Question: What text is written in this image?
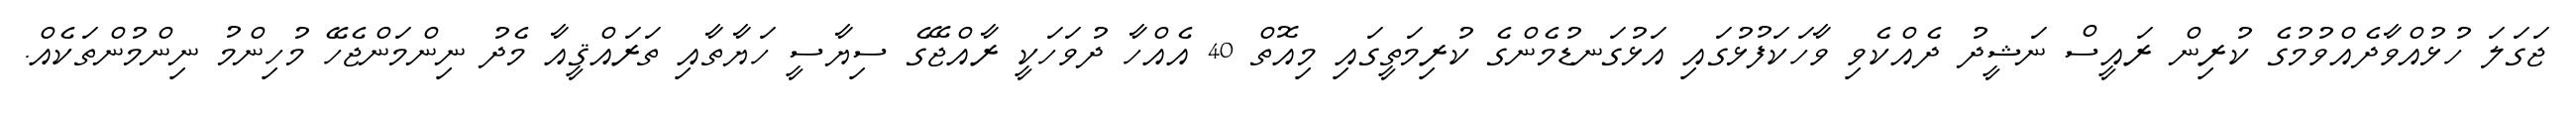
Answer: ޖަގަލަ ހުޅުއްވާދެއްވުމުގެ ކުރިން ރައީސް ނަޝީދު ދެއްކެވި ވާހަކަފުޅުގައި އަޅުގަނޑުމެންގެ ކުރިމަތީގައި މިއޮތް 40 އެއްހާ ދުވަހަކީ ރާއްޖޭގެ ސިޔާސީ ހަޔާތާއި ތަރައްޤީއާ މެދު ނިންމަންޖެހޭ މުހިންމު ނިންމުންތަކެއް.